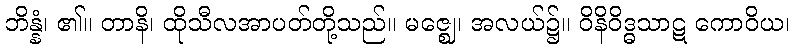
ဘိန္နံ၊ ၏။ တာနိ၊ ထိုသီလအာပတ်တို့သည်။ မဇ္ဈေ၊ အလယ်၌။ ဝိနိဝိဒ္ဓသာဋ ကောဝိယ၊